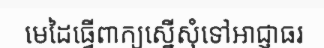
មេដៃធ្វើពាក្យស្នើសុំទៅអាជ្ញាធរ